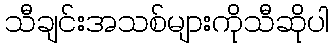
သီချင်းအသစ်များကိုသီဆိုပါ